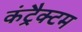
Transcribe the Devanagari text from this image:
कंट्रैक्टम